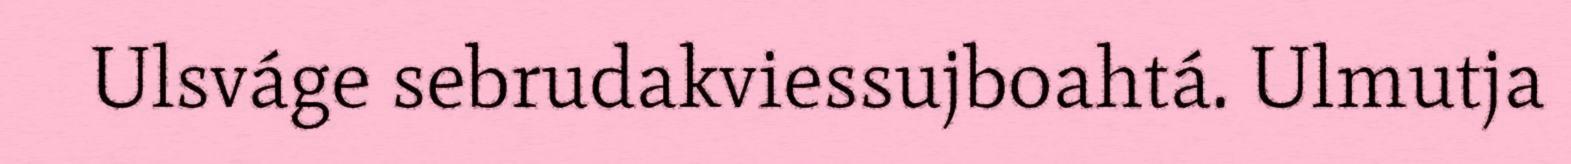
Ulsváge sebrudakviessujboahtá. Ulmutja